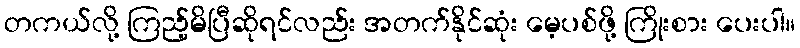
တကယ်လို့ ကြည့်မိပြီဆိုရင်လည်း အတက်နိုင်ဆုံး မေ့ပစ်ဖို့ ကြိုးစား ပေးပါ။